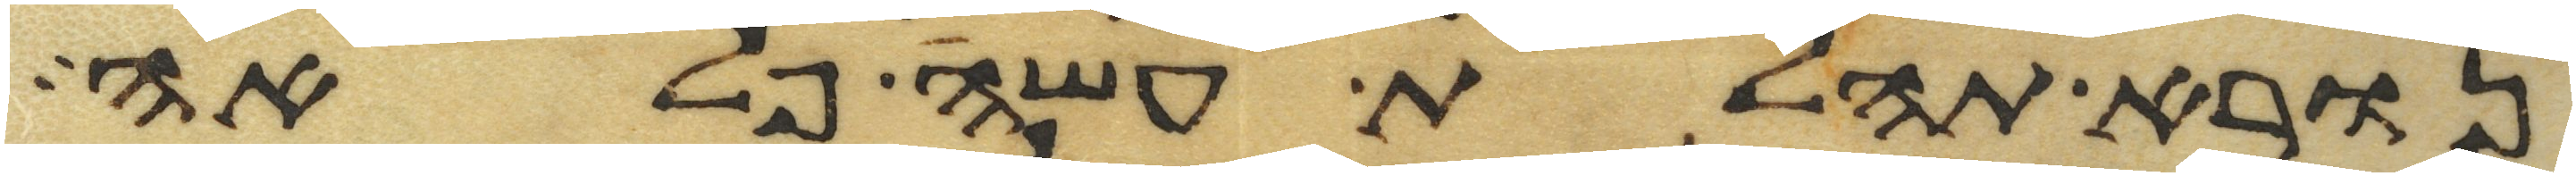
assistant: נורא תהלת עשה פלאה